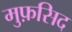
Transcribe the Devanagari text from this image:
मुफ़सिद